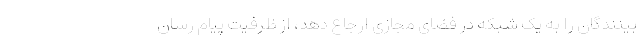
بینندگان را به یک شبکه در فضای مجازی ارجاع دهد، از ظرفیت پیام رسان